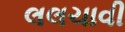
લલચાવી